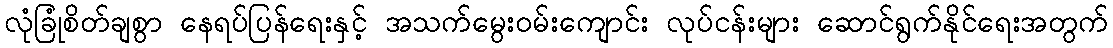
လုံခြုံစိတ်ချစွာ နေရပ်ပြန်ရေးနှင့် အသက်မွေးဝမ်းကျောင်း လုပ်ငန်းများ ဆောင်ရွက်နိုင်ရေးအတွက်